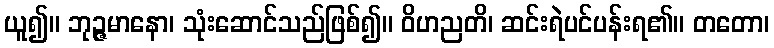
ယူ၍။ ဘုဉ္ဇမာနော၊ သုံးဆောင်သည်ဖြစ်၍။ ဝိဟညတိ၊ ဆင်းရဲပင်ပန်းရ၏။ တတော၊